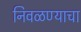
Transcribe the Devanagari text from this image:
निवळण्याचा